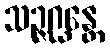
သဉ္ဇဂ္ဃန္တေ